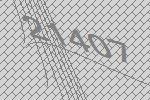
21407